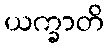
ယက္ခာတိ